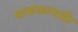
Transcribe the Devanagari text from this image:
सत्संकल्पकी